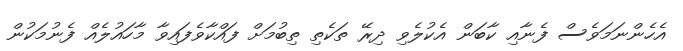
އެހެންނަމަވެސް ފެނާއި ކާބަން އެކުލެވި ދިރޭ ތަކެތި ތިބުމަށް ފައްކާވެފައިވާ މާހައުލެއް ފެނުމަކުން